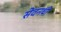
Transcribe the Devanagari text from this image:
सेवनथी